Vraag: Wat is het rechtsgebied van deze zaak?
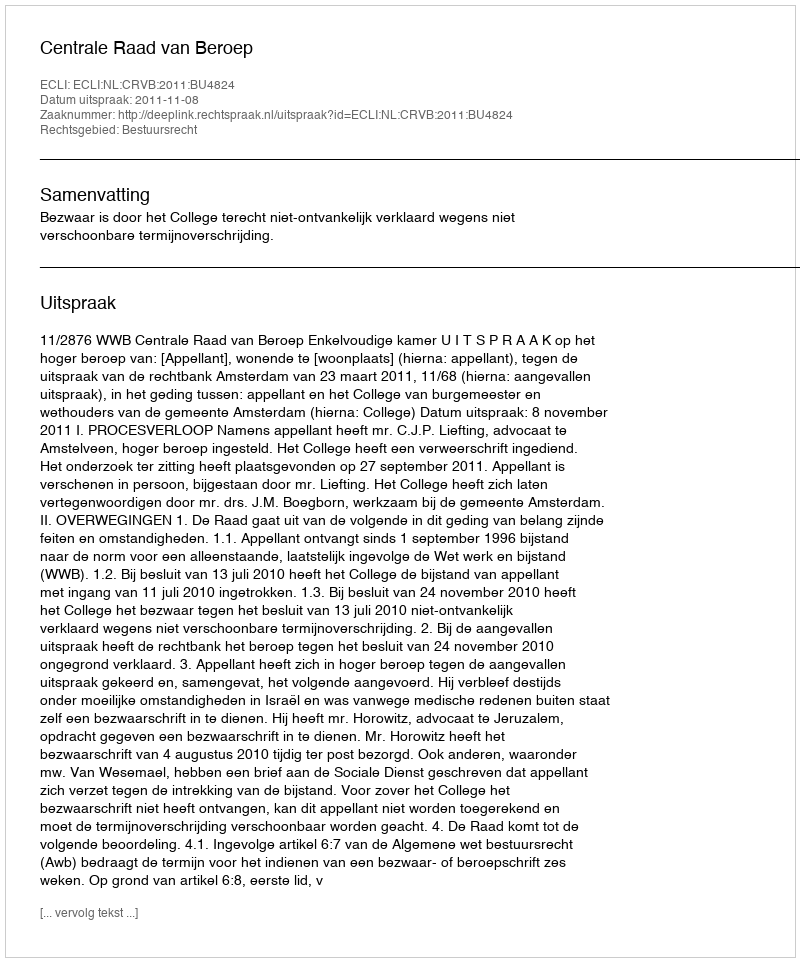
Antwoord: Bestuursrecht